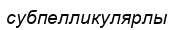
субпелликулярлы